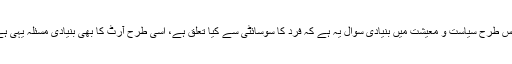
جس طرح سیاست و معیشت میں بنیادی سوال یہ ہے کہ فرد کا سوسائٹی سے کیا تعلق ہے، اسی طرح آرٹ کا بھی بنیادی مسئلہ یہی ہے۔